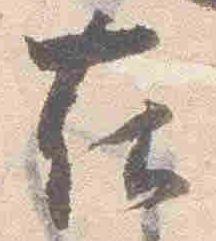
在